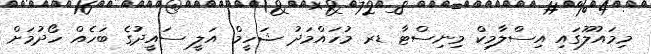
މިމައުލޫގައި އިސްލާމިކް މިނިސްޓާ ޑރ މުހައްމަދު ޝަހީމް އަލީ ސައީދުގެ ބަހެއް ހޯދުމަށް